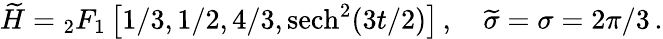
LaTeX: \widetilde{H}={}_{2}F_{1}\left[{1}/{3},{1}/{2},{4}/{3},\mathrm{sech}^{2}({3t}/{2})\right]\, ,\quad\widetilde{\sigma}=\sigma=2\pi/3\, .